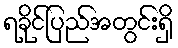
ရခိုင်ပြည်အတွင်းရှိ